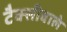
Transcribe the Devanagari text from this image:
टैक्सीवाले